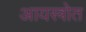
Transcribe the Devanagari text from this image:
आयस्त्रोत